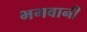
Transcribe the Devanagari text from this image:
भगवानी